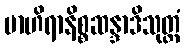
ဗာဟိရာနိစ္စဆန္ဒာဒိသုတ္တံ